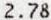
2.78